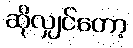
ဆိုလျှင်တော့